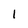
Character: 1